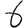
Digit: 6